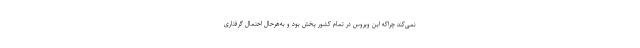
نمی‌کند چراکه این ویروس در تمام کشور پخش بود و به‌هرحال احتمال گرفتاری